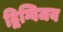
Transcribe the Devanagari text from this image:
द्विग्विजय